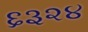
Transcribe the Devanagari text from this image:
६३२४